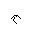
Letter: _ha